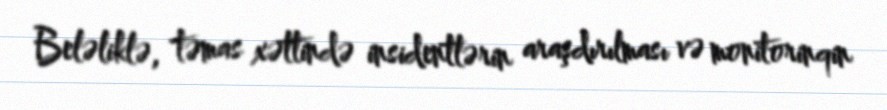
Beləliklə, təmas xəttində insidentlərin araşdırılması və monitorinqin